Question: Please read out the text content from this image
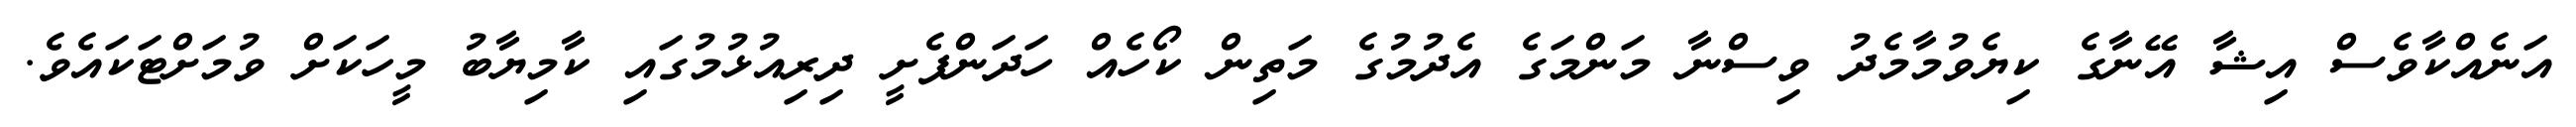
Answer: އަނެއްކާވެސް އިޝާ އޭނާގެ ކިޔެވުމާމެދު ވިސްނާ މަންމަގެ އެދުމުގެ މަތިން ކޯހެއް ހަދަންފެށީ ދިރިއުޅުމުގައި ކާމިޔާބު މީހަކަށް ވުމަށްޓަކައެވެ.